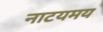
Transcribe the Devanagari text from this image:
नाटयमय